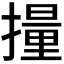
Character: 𫾄